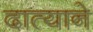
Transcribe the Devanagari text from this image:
दात्याने